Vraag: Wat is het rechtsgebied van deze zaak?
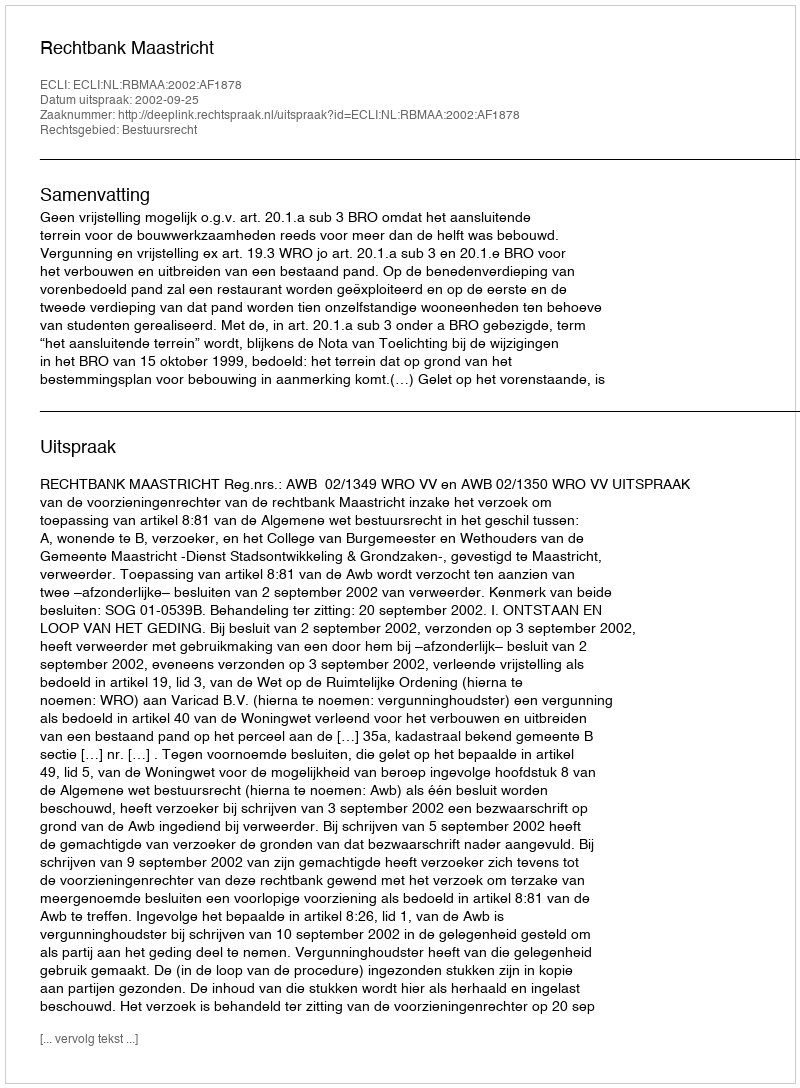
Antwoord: Bestuursrecht